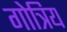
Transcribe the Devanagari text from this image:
गोत्रिय